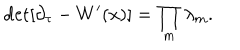
\mathrm { { d e t } } [ \partial _ { \tau } - W ^ { \prime } ( x ) ] = \prod _ { m } \lambda _ { m } .